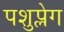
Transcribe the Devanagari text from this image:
पशुप्लेग